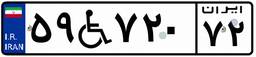
۶۵W۷۴۲۳۸